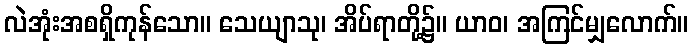
လဲအုံးအစရှိကုန်သော။ သေယျာသု၊ အိပ်ရာတို့၌။ ယာဝ၊ အကြင်မျှလောက်။